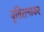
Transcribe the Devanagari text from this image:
वृत्तिरत्नाकर